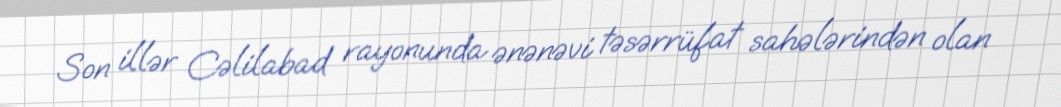
Son illər Cəlilabad rayonunda ənənəvi təsərrüfat sahələrindən olan